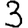
Digit: 3